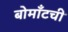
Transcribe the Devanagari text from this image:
बोमाँटची